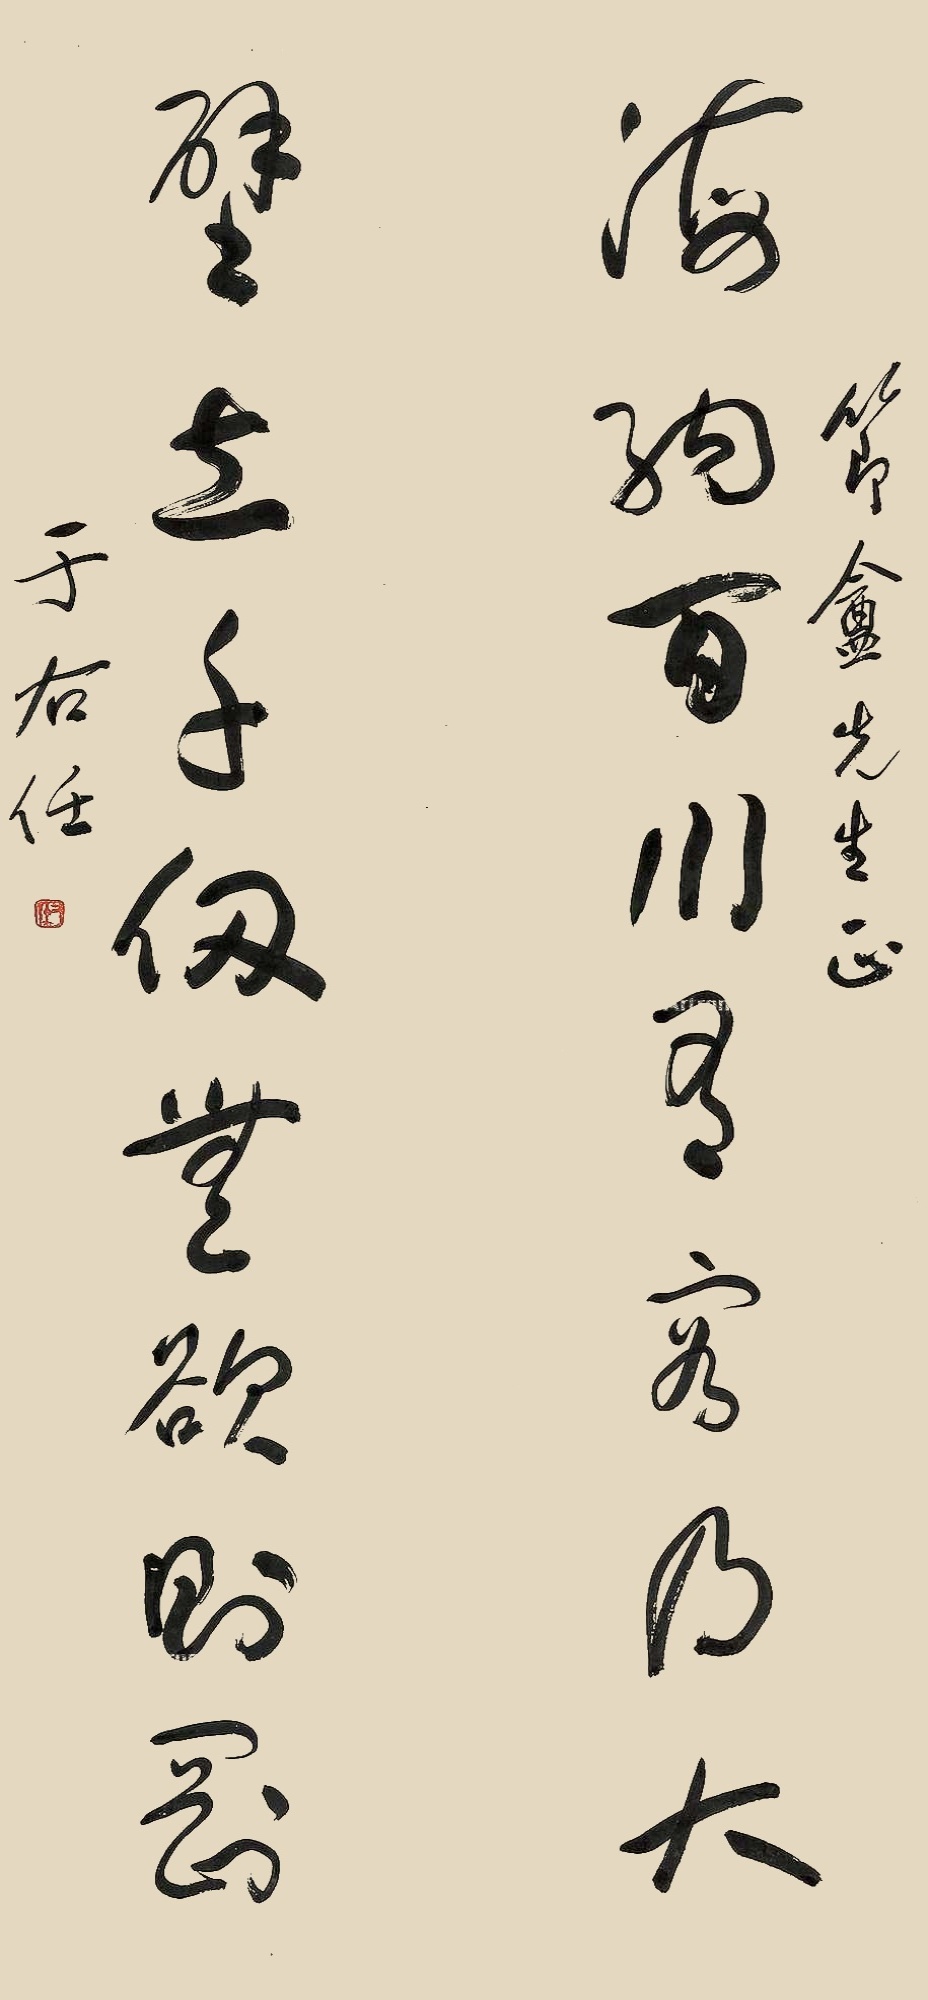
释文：海纳百川有容乃大，壁立千仞无欲则刚。节盦先生正，于右任。